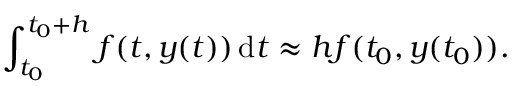
\int _ { t _ { 0 } } ^ { t _ { 0 } + h } f ( t , y ( t ) ) \, \mathrm { d } t \approx h f ( t _ { 0 } , y ( t _ { 0 } ) ) .